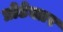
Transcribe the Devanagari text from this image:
प्रोटेक्तर